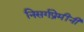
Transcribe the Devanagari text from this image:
निसर्गप्रेमींनी